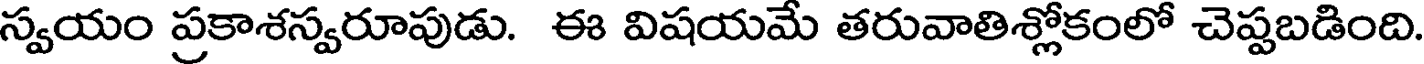
స్వయం ప్రకాశస్వరూపుడు. ఈ విషయమే తరువాతిశ్లోకంలో చెప్పబడింది